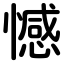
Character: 憾